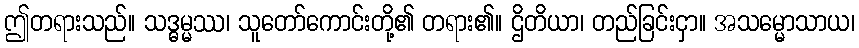
ဤတရားသည်။ သဒ္ဓမ္မဿ၊ သူတော်ကောင်းတို့၏ တရား၏။ ဌိတိယာ၊ တည်ခြင်းငှာ။ အသမ္မောသာယ၊